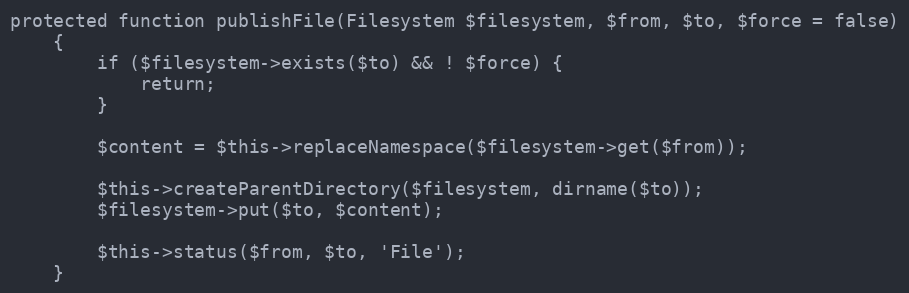
Language: PHP
protected function publishFile(Filesystem $filesystem, $from, $to, $force = false)
    {
        if ($filesystem->exists($to) && ! $force) {
            return;
        }

        $content = $this->replaceNamespace($filesystem->get($from));

        $this->createParentDirectory($filesystem, dirname($to));
        $filesystem->put($to, $content);

        $this->status($from, $to, 'File');
    }